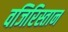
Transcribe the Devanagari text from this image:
वजिरिस्तान